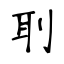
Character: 刵